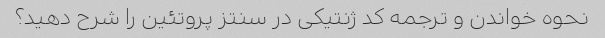
نحوه خواندن و ترجمه کد ژنتیکی در سنتز پروتئین را شرح دهید؟